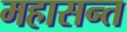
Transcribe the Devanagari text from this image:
महासन्त